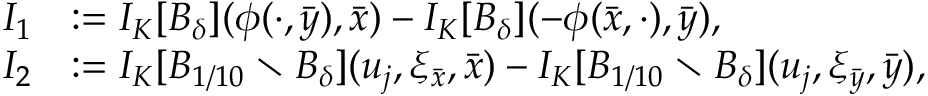
\begin{array} { r l } { I _ { 1 } } & { : = I _ { K } [ B _ { \delta } ] ( \phi ( \cdot , \bar { y } ) , \bar { x } ) - I _ { K } [ B _ { \delta } ] ( - \phi ( \bar { x } , \cdot ) , \bar { y } ) , } \\ { I _ { 2 } } & { : = I _ { K } [ B _ { 1 / 1 0 } \setminus B _ { \delta } ] ( u _ { j } , \xi _ { \bar { x } } , \bar { x } ) - I _ { K } [ B _ { 1 / 1 0 } \setminus B _ { \delta } ] ( u _ { j } , \xi _ { \bar { y } } , \bar { y } ) , } \end{array}